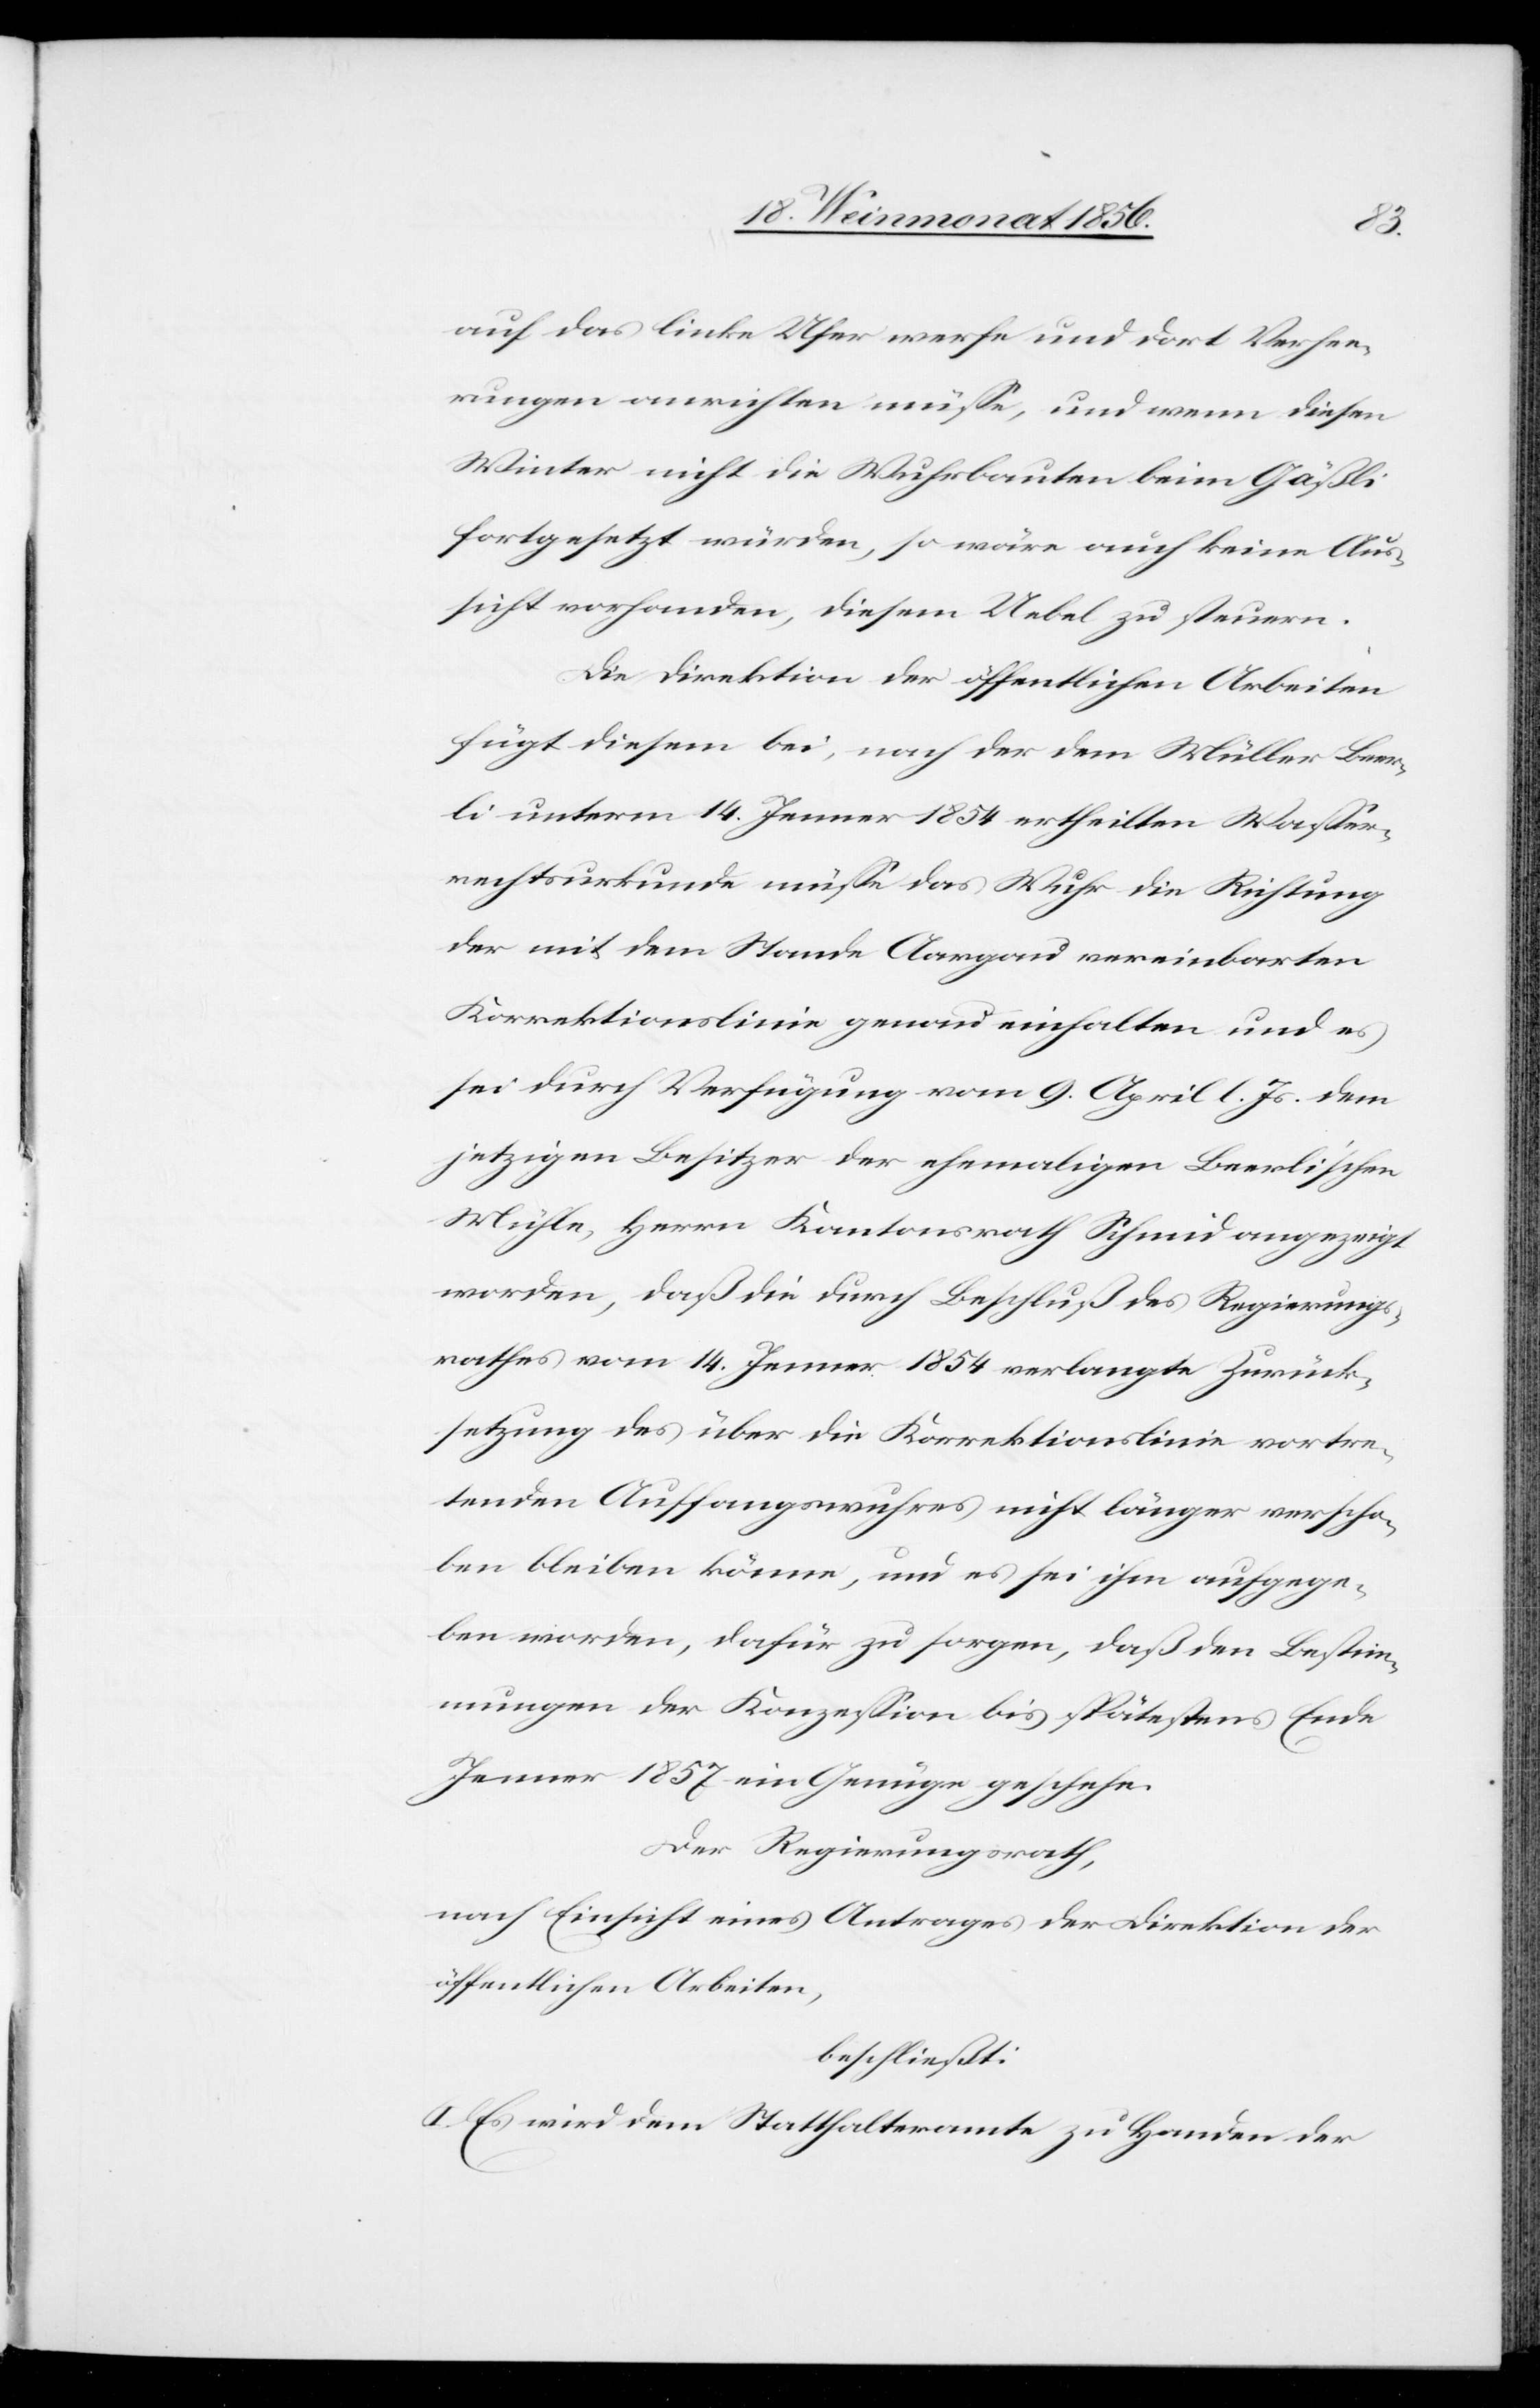
auf das linke Ufer werfe und dort Verhee¬
rungen anrichten müsse, und wenn diesen
Winter nicht die Wuhrbauten beim Gäßli
fortgesetzt würden, so wäre auch keine Aus¬
sicht vorhanden, diesem Uebel zu steuern.
Die Direktion der öffentlichen Arbeiten
fügt diesem bei, nach der dem Müller Beer¬
li unterm 14. Jenner 1854 ertheilten Wasser¬
rechtsurkunde müsse das Wuhr die Richtung
der mit dem Stande Aargau vereinbarten
Korrektionslinie genau einhalten und es
sei durch Verfügung vom 9. April l. Js. dem
jetzigen Besitzer der ehemaligen Beerli'schen
Mühle, Herrn Kantonsrath Schmid angezeigt
worden, daß die durch Beschluß des Regierungs¬
rathes vom 14. Jenner 1854 verlangte Zurück¬
setzung des über die Korrektionslinie vortre¬
tenden Auffangswuhres nicht länger verscho¬
ben bleiben könne, und es sei ihm aufgege¬
ben worden, dafür zu sorgen, daß den Bestim¬
mungen der Konzession bis spätestens Ende
Jenner 1857 ein Genüge geschehe.
Der Regierungsrath,
nach Einsicht eines Antrages der Direktion der
öffentlichen Arbeiten,
beschließt:
I. Es wird dem Statthalteramte zu Handen der